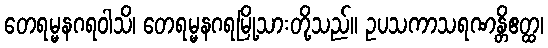
တေရမ္မနဂရဝါသိ၊ တေရမ္မနဂရမြို့သားတို့သည်။ ဥပသကာသရဏန္တိဧတ္ထ၊